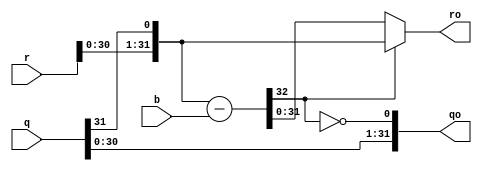
//    */
module divmod
#(parameter WIDTH = 32)
(
    input   wire    [(WIDTH-1):0]  q,           // 
    input   wire    [(WIDTH-1):0]  b,           // 
    input   wire    [(WIDTH-1):0]  r,           // 
    // ----
    // ----
    output  wire    [(WIDTH-1):0]  ro,          // 
    output  wire    [(WIDTH-1):0]  qo           // 
);

/*_____ _____
 |  r  |  q  | a -  
 +-----+-----+ b - 
 |  b  |  qo | r -  
 +-----+-----+
 |  ro |
 +----*/

//      
wire [(WIDTH-1):0] next = {r[(WIDTH-2):0], q[WIDTH-1]};
wire [ WIDTH   :0] subt = next - b;

// ,    
assign ro = subt[WIDTH] ? next : subt[(WIDTH-1):0];

//       
assign qo = {q[(WIDTH-2):0], ~subt[WIDTH]};

endmodule